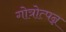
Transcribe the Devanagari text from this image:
गोत्रोत्पन्न